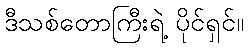
ဒီသစ်တောကြီးရဲ့ ပိုင်ရှင်။